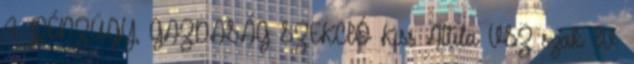
4. PÉNZÜGY, GAZDASÁG SZEKCIÓ Kiss Attila VSZ szak IV.